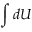
\int d U